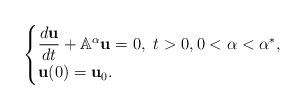
LaTeX: \begin{align*}\begin{cases}\dfrac{d {\bf u}}{dt}+ \mathbb{A}^\alpha {\bf u} = 0,\ t> 0, 0<\alpha<\alpha^*,\\{\bf u}(0)={\bf u}_0.\end{cases}\end{align*}